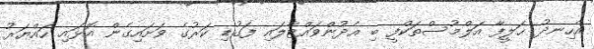
އެހިނދު ޚަލީފާ އަލްމުސްތަކްފީ ބި އެދުންވައްޓާލައި ފަގުޑި ކަރުގެ ވަށައިގެން އޮޅައި ހައްޔަރު